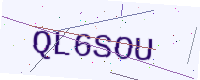
Text: QL6SOU